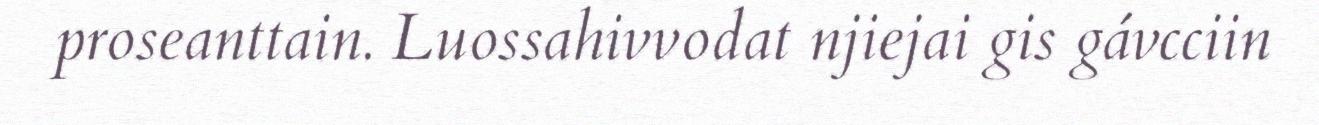
proseanttain. Luossahivvodat njiejai gis gávcciin